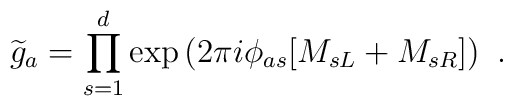
{\widetilde g}_a=\prod_{s=1}^d \exp\left({2\pi i\phi_{as}} [M_{sL}+M_{sR}]\right)~.